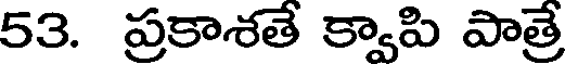
53. ప్రకాశతే క్వాపి పాత్రే